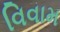
વિવામ